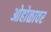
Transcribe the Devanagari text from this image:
ओहोळावर